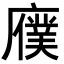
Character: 𫸆